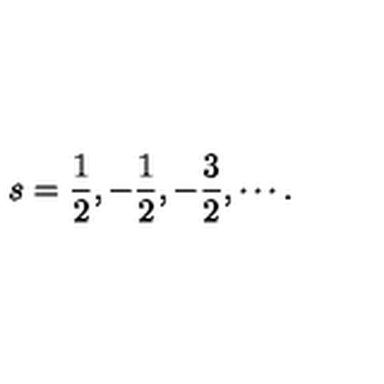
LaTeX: s = \frac { 1 } { 2 } , - \frac { 1 } { 2 } , - \frac { 3 } { 2 } , \cdots { } .